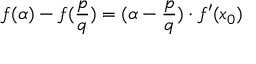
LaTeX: f ( \alpha ) - f ( { \frac { p } { q } } ) = ( \alpha - { \frac { p } { q } } ) \cdot f ^ { \prime } ( x _ { 0 } )